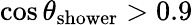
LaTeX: \cos\theta_{\textrm{shower}}>0.9